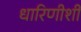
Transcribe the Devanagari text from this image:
धारिणीशी